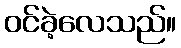
ဝင်ခဲ့လေသည်။